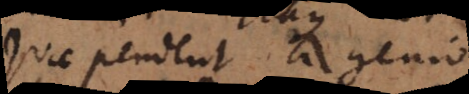
quae pendent a genio